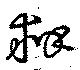
弁